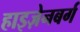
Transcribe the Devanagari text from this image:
हाइज़ेनबर्ग